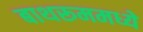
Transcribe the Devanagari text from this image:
बाथरूममध्ये